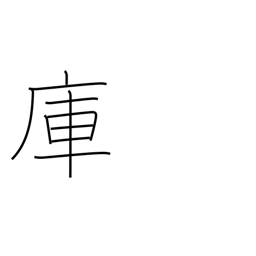
Meaning: storehouse